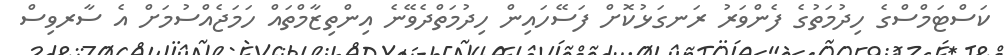
ކަސްޓަމްސްގެ ހިދުމަތުގެ ފެންވަރު ރަނގަޅުކޮށް ފަސޭހައިން ހިދުމަތްދެވޭނެ އިންތިޒާމްތައް ހަމަޖެއްސުމަށް އެ ސާރވިސް